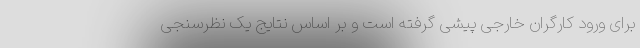
برای ورود کارگران خارجی پیشی گرفته است و بر اساس نتایج یک نظرسنجی